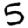
Digit: 5